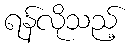
ရန်လိုသည့်